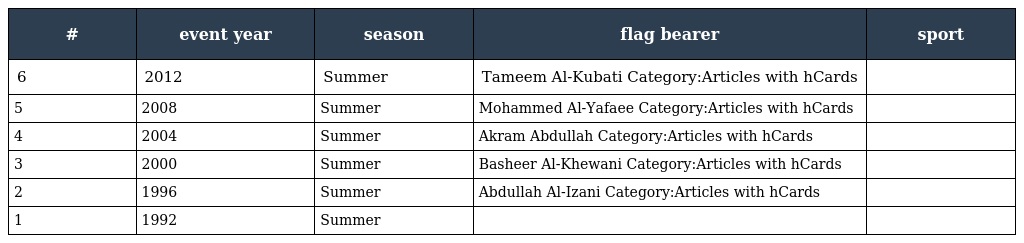
| # | event year | season | flag bearer | sport |
 | --- | --- | --- | --- | --- |
 | 6 | 2012 | Summer | Tameem Al-Kubati Category:Articles with hCards |  |
 | 5 | 2008 | Summer | Mohammed Al-Yafaee Category:Articles with hCards |  |
 | 4 | 2004 | Summer | Akram Abdullah Category:Articles with hCards |  |
 | 3 | 2000 | Summer | Basheer Al-Khewani Category:Articles with hCards |  |
 | 2 | 1996 | Summer | Abdullah Al-Izani Category:Articles with hCards |  |
 | 1 | 1992 | Summer |  |  |